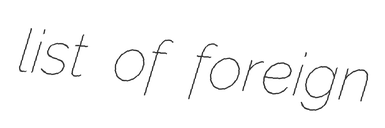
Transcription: list of foreign